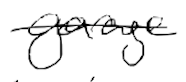
Text: garage
Cross-out: single-line
Writing tool: digital_black